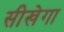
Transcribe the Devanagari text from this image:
सीखेगा